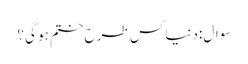
سوال:دنیا کس طرح ختم ہو گی؟